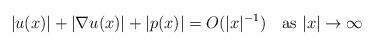
LaTeX: \begin{align*}|u(x)|+|\nabla u(x)|+|p(x)|=O(|x|^{-1}) \quad\mbox{as $|x|\to\infty$}\end{align*}